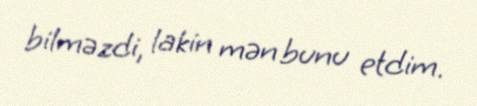
bilməzdi, lakin mən bunu etdim.